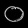
Digit: ၀